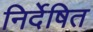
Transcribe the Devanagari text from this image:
निर्देषित